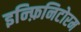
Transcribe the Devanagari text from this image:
इन्फ़िनिटोरम